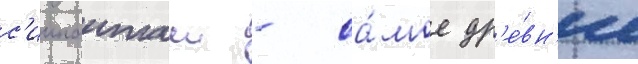
с'иипанташ - са́мое др'е́вн'ее